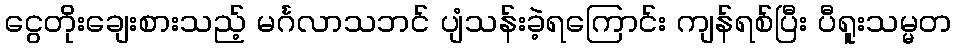
ငွေတိုးချေးစားသည့် မင်္ဂလာသဘင် ပျံသန်းခဲ့ရကြောင်း ကျန်ရစ်ပြီး ပီရူးသမ္မတ